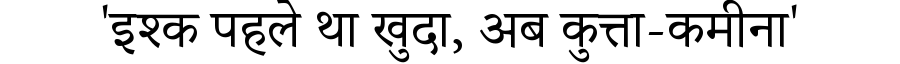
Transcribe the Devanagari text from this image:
'इश्क पहले था खुदा, अब कुत्ता-कमीना'